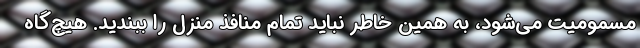
مسمومیت می‌شود، به همین خاطر نباید تمام منافذ منزل را ببندید. هیچ‌گاه